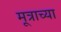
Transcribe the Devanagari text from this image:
मूत्राच्या